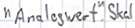
Text: "Analogwert".Skal